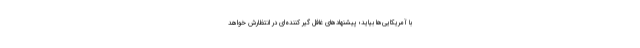
با آمریکایی‌ها بیاید؛ پیشنهاد‌های غافل گیر کننده‌ای در انتظارش خواهد